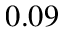
0 . 0 9